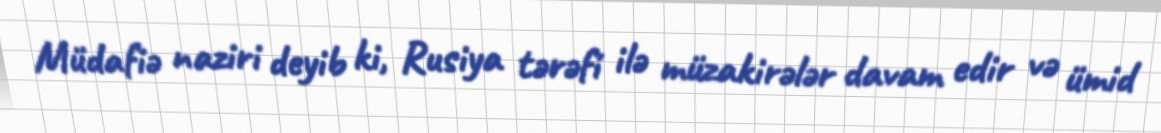
Müdafiə naziri deyib ki, Rusiya tərəfi ilə müzakirələr davam edir və ümid